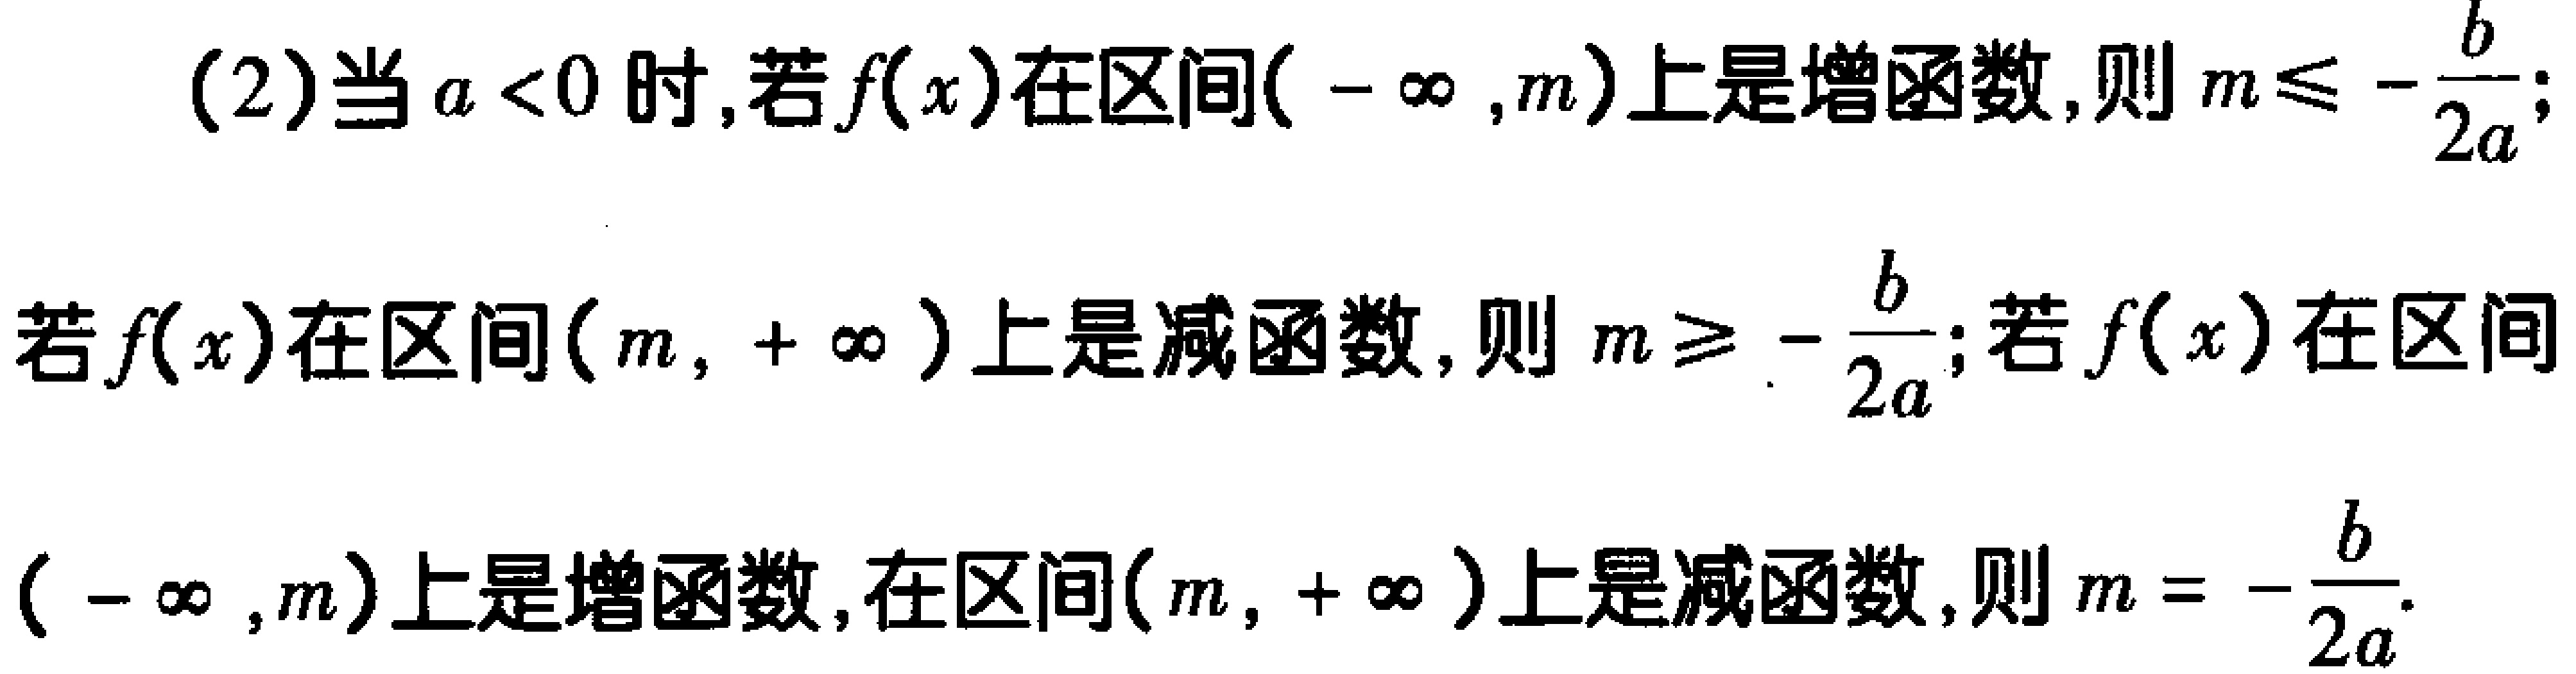
(2)当\(a < 0\)时,若\(f(x)\)在区间\((-\infty,m)\)上是增函数,则\(m\leqslant -\frac{b}{2a}\);

若\(f(x)\)在区间\((m,+\infty)\)上是减函数,则\(m\geqslant -\frac{b}{2a}\);若\(f(x)\)在区间\((-\infty,m)\)上是增函数,在区间\((m,+\infty)\)上是减函数,则\(m = -\frac{b}{2a}\).